画像に写った文字を読んでください
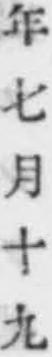
「年七月十九」と書いてあります